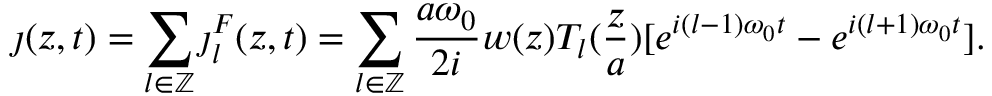
\jmath ( z , t ) = \sum _ { l \in \mathbb { Z } } \boldsymbol { \jmath } _ { l } ^ { F } ( z , t ) = \sum _ { l \in \mathbb { Z } } \frac { a \omega _ { 0 } } { 2 i } w ( z ) T _ { l } ( \frac { z } { a } ) [ e ^ { i ( l - 1 ) \omega _ { 0 } t } - e ^ { i ( l + 1 ) \omega _ { 0 } t } ] .